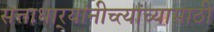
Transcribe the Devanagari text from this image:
सत्ताधार्‍यांनीच्त्यांच्यासाठी